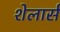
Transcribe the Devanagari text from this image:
शेलार्स